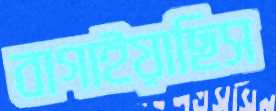
বাগাইয়াছিস